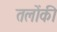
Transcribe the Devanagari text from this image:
तलोंकी